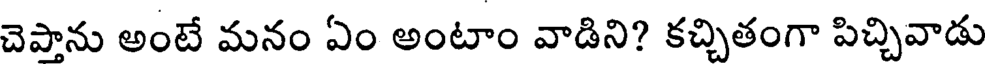
చెపాను అంటే మనం ఏం అంటాం వాడిని? కచ్చితంగా పిచ్చివాడు